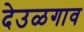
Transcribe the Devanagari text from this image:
देउळगाव